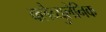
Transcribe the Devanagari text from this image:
क्लैव्युलेनिक